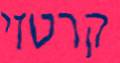
קרטזי